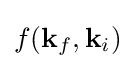
f(\mathbf {k} _{f},\mathbf {k} _{i})